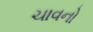
ચાવનો